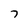
Character: 7